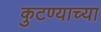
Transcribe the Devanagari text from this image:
कुटण्याच्या